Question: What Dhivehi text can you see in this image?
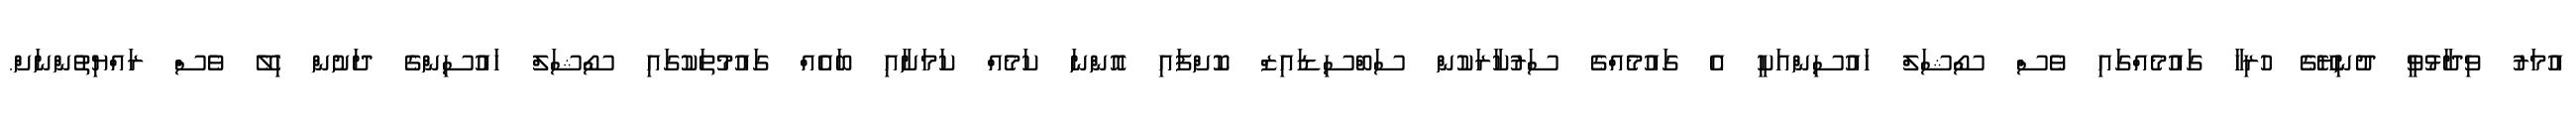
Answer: އުމަރު ވިދާޅުވީ ދުނިޔޭގެ ހުރިހާ ގައުމެއްގައި ވެސް ސޯޝަލް ހައުސިންއަކީ އެ ގައުމެއްގެ ސަރުކާރަކުން ސަބްސިޑައިޒް ކޮށްފައި އޮންނަ ކަމެއް ކަމަށާއި ބައެއް ގައުމުތަކުގައި ސޯޝަލް ހައުސިންގެ ދަށުން ހިލޭ ވެސް ރައްޔިތުންނަށް.